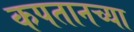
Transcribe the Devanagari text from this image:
कपतानच्या